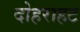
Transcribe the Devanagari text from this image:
दोहराहट